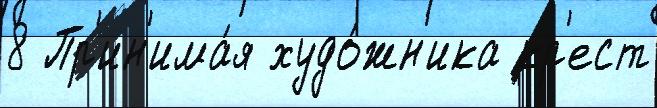
8 Пр'ин'има́я худо́жн'ика кр'ест